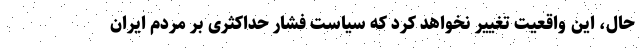
حال، این واقعیت تغییر نخواهد کرد که سیاست فشار حداکثری بر مردم ایران